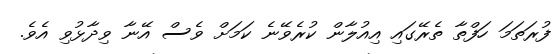
ފުރަތަމަ ހަފްތާ ތެރޭގައި އިއުލާން ކުރެވޭނެ ކަމަށް ވެސް އޭނާ ވިދާޅުވި އެވެ.